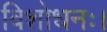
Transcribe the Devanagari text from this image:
विशोधनः।